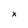
Character: x